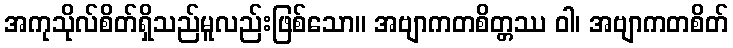
အကုသိုလ်စိတ်ရှိသည်မူလည်းဖြစ်သော။ အဗျာကတစိတ္တဿ ဝါ၊ အဗျာကတစိတ်